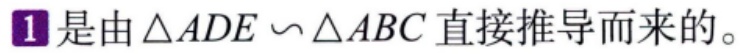
\textcircled{1}是由\(\triangle ADE \backsim \triangle ABC\)直接推导而来的。